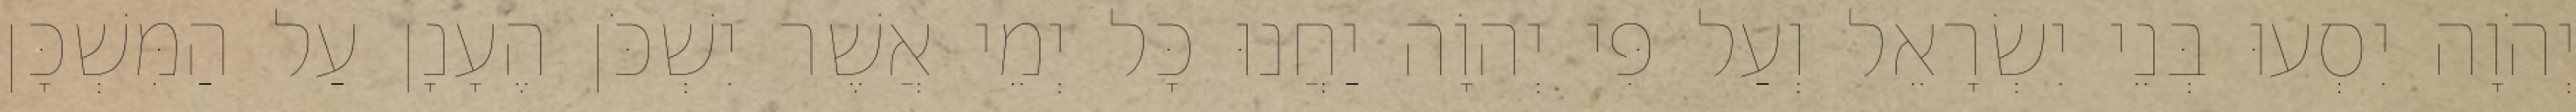
יְהֹוָה יִסְעוּ בְּנֵי יִשְׂרָאֵל וְעַל פִּי יְהוָֹה יַחֲנוּ כָּל יְמֵי אֲשֶׁר יִשְׁכֹּן הֶעָנָן עַל הַמִּשְׁכָּן